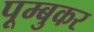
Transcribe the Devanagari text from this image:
पूम्बुकर